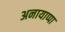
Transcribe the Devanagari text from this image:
अनायाप्पा